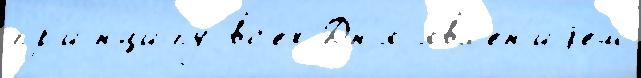
пр'и́нципу вс'ех Дн'я явл'е́н'иjем